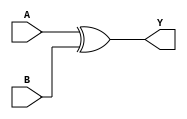
// 74x08 - Quad input XOR Gate.
module MOD_74x86_4 (
    input [0:3] A,
    input [0:3] B,
    output [0:3] Y);

assign Y = A ^ B;

endmodule

module MOD_74x86_4_SPLIT (
    input [0:3] A,
    input [0:3] B,
    output [0:3] Y);

assign Y[0] = A[0] ^ B[0];
assign Y[1] = A[1] ^ B[1];
assign Y[2] = A[2] ^ B[2];
assign Y[3] = A[3] ^ B[3];

endmodule